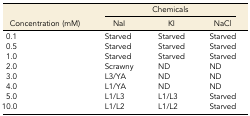
<table><thead><tr><td></td><td colspan="3"><b>Chemicals</b></td></tr><tr><td><b>Concentration (mM)</b></td><td><b>NaI</b></td><td><b>KI</b></td><td><b>NaCl</b></td></tr></thead><tbody><tr><td>0.1</td><td>Starved</td><td>Starved</td><td>Starved</td></tr><tr><td>0.5</td><td>Starved</td><td>Starved</td><td>Starved</td></tr><tr><td>1.0</td><td>Starved</td><td>Starved</td><td>Starved</td></tr><tr><td>2.0</td><td>Scrawny</td><td>ND</td><td>ND</td></tr><tr><td>3.0</td><td>L3/YA</td><td>ND</td><td>ND</td></tr><tr><td>4.0</td><td>L1/YA</td><td>ND</td><td>ND</td></tr><tr><td>5.0</td><td>L1/L3</td><td>L1/L3</td><td>Starved</td></tr><tr><td>10.0</td><td>L1/L2</td><td>L1/L2</td><td>Starved</td></tr></tbody></table>